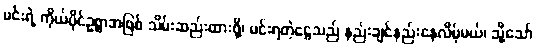
မင်းရဲ့ ကိုယ်ပိုင်ဥစ္စာအဖြစ် သိမ်းဆည်းထားဖို့၊ မင်းရတဲ့ငွေသည် နည်းချင်နည်းနေလိမ့်မယ်၊ သို့သော်